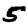
Digit: 5